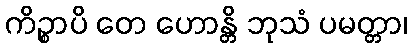
ကိဉ္စာပိ တေ ဟောန္တိ ဘုသံ ပမတ္တာ၊